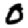
Digit: 0